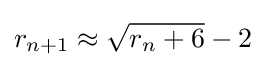
r_{n+1}\approx {\sqrt {r_{n}+6}}-2